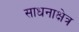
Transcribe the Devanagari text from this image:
साधनाक्षेत्र